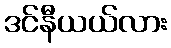
ဒင်နီယယ်လား